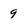
Character: 9